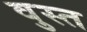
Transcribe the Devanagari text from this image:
वुस्त